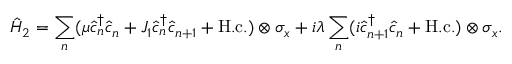
\hat { H } _ { 2 } = \sum _ { n } ( \mu \hat { c } _ { n } ^ { \dagger } \hat { c } _ { n } + J _ { 1 } \hat { c } _ { n } ^ { \dagger } \hat { c } _ { n + 1 } + \mathrm { H . c . } ) \otimes \sigma _ { x } + i \lambda \sum _ { n } ( i \hat { c } _ { n + 1 } ^ { \dagger } \hat { c } _ { n } + \mathrm { H . c . } ) \otimes \sigma _ { x } .